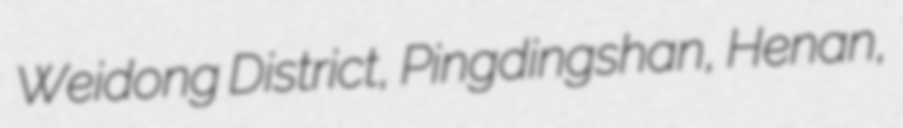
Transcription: Weidong District, Pingdingshan, Henan,